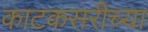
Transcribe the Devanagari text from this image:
काटकसरीच्या